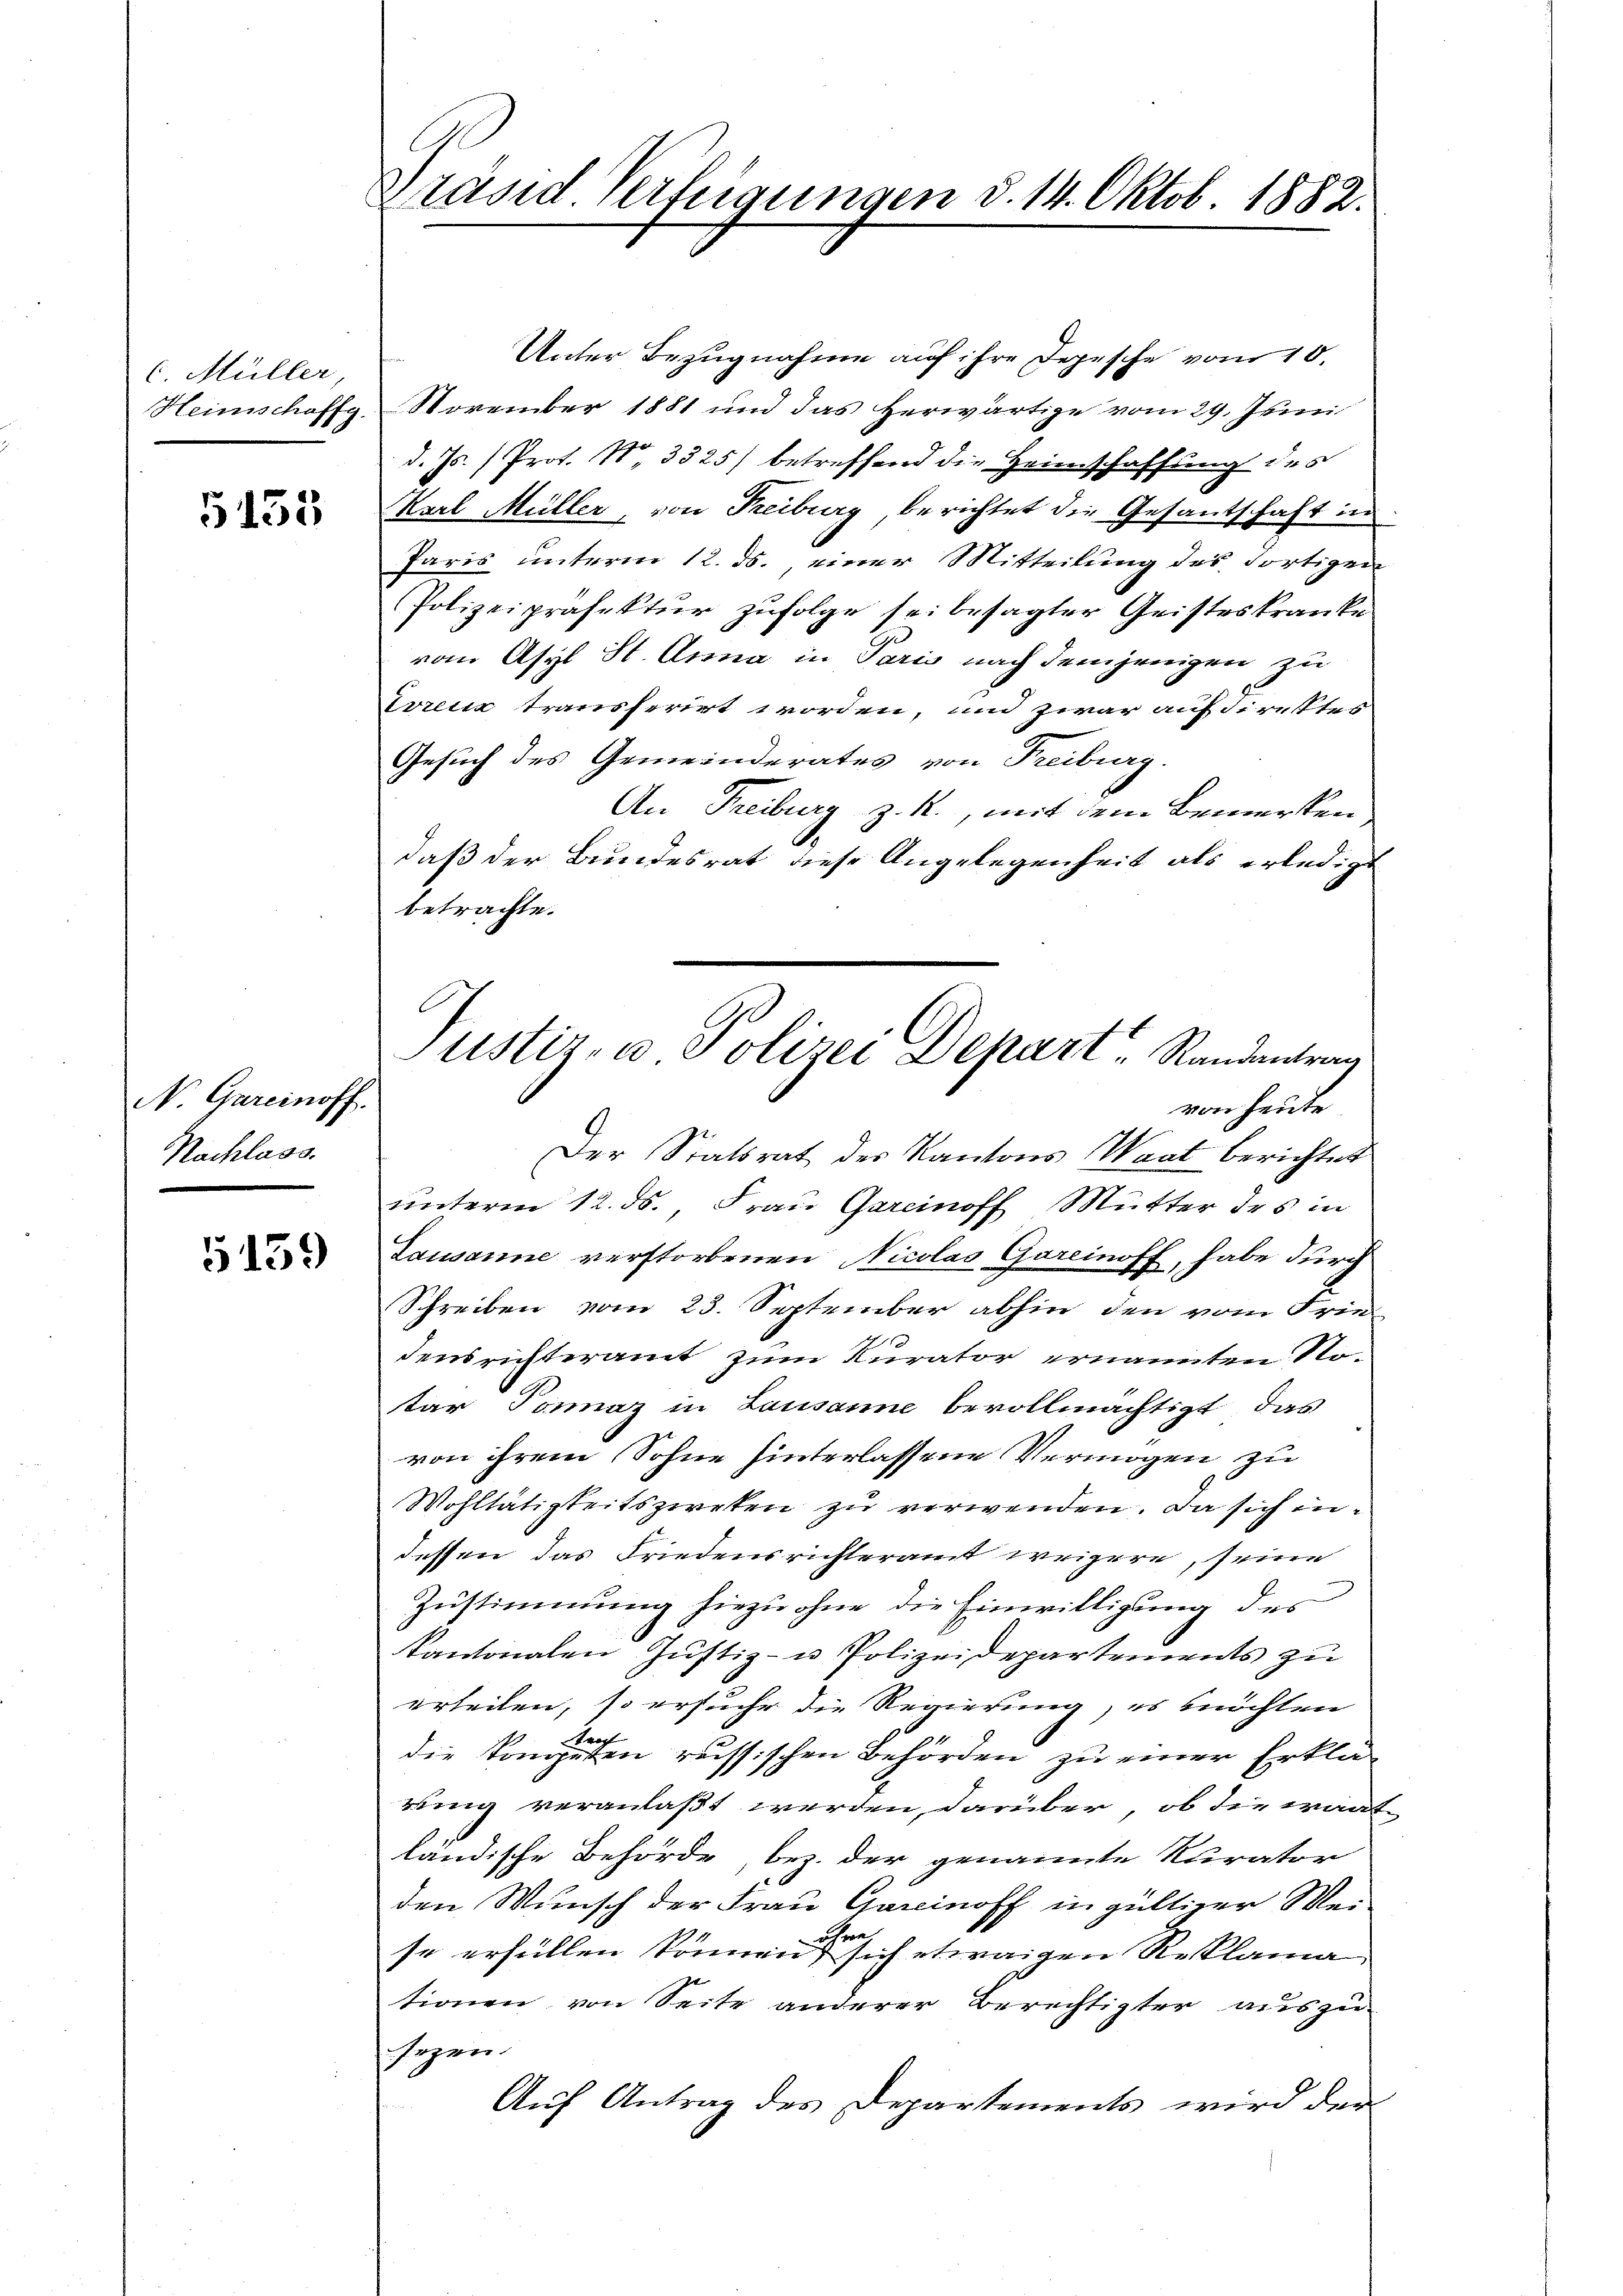
(Müller
Heinschaff

5455

N. Gareinoff.
Nachlass

5159

Präsid. Verfügungen d. 14. Oktob. 1882.

Unter Bezugnahme auf ihre Depesche vom 10.
November 1881 und das herwärtige vom 29. Juni
d. Js. (Prof. N. 3325) betreffend die Heimschaffung des
Karl Müller, von Freiburg berichtet die Gesantschaft in
Paris unterm 12. ds. einer Mitteilung des dortigen
Polizeipräfektur zufolge sei besagter Geisteskranke
vom Asyl St. Anna in Paris nach demjenigen zu
vrenz transferirt worden, und zwar auf direktes
Gesuch des Gemeinderates von Freiburg.
An Freiburg z. R., mit dem Bemerken
daß der Bundesrat diese Angelegenheit als erledigt
betrachte.
Der Statsrat des Kantons Waat berichtet
unterm 12. ds., Frau Garcinoff Mutter des in
Lausanne verstorbenen Nicolas Garcinoff, habe durch
Schreiben vom 23. September abhin den vom Frie-
densrichteramt zum Kurator ernannten Notar Tomaz in Lausanne bevollmächtigt, das
von ihrem Sohne hinterlassene Vermögen zu
Wohltätigkeitszweken zŭ verwenden. Da sich in
dessen das Friedensrichteramt weigere, seine
Zustimmung hiezu ohne die Einwilligung des
Kantonalen Justiz- u Polizeidepartements zu
erheilen, so ersuche die Regierung, es möchten
die Kompeten russischen Behörden zu einer Erklärung veranlaßt werden, darüber, ob die wart
ländische Behörde, bez. der genannte Kurator
den Wunsch der Frau Gerinoff in gültiger Meise erfüllen können sich etwaigen Reklama
tionen von Seite anderer Berechtigter auszusezen.
Auf Antrag des Departements wird der

Justiz- u Polizei Depart, Randantrag
von heute